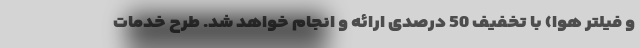
و فیلتر هوا) با تخفیف 50 درصدی ارائه و انجام خواهد شد. طرح خدمات